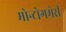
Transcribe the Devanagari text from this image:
मोन्टोगमेरी